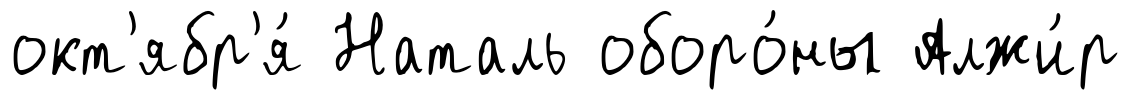
окт'ябр'я́ Наталь оборо́ны Алжи́р